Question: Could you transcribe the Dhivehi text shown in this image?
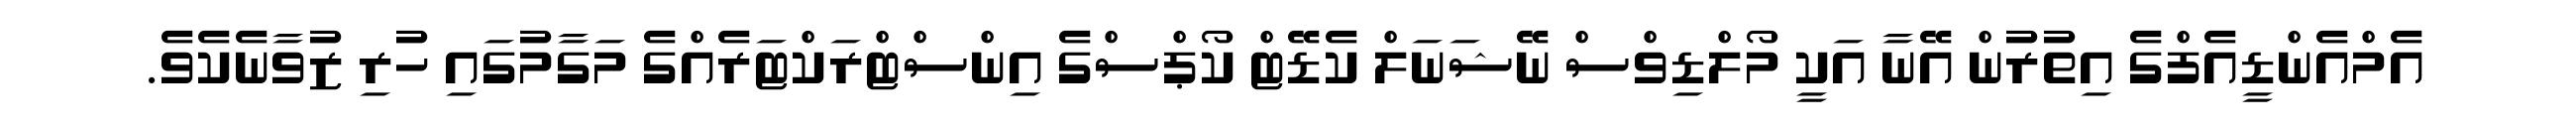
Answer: އެމްއެންޑީއެފްގެ އިތުރުން އޭނާ އަކީ މޯލްޑިވްސް ނޭޝަނަލް ކެޑޭޓް ކޯޕްސްގެ އިންސްޓްރަކްޓަރެއްގެ މަގާމުގައި ހުރި ޒުވާނެކެވެ.